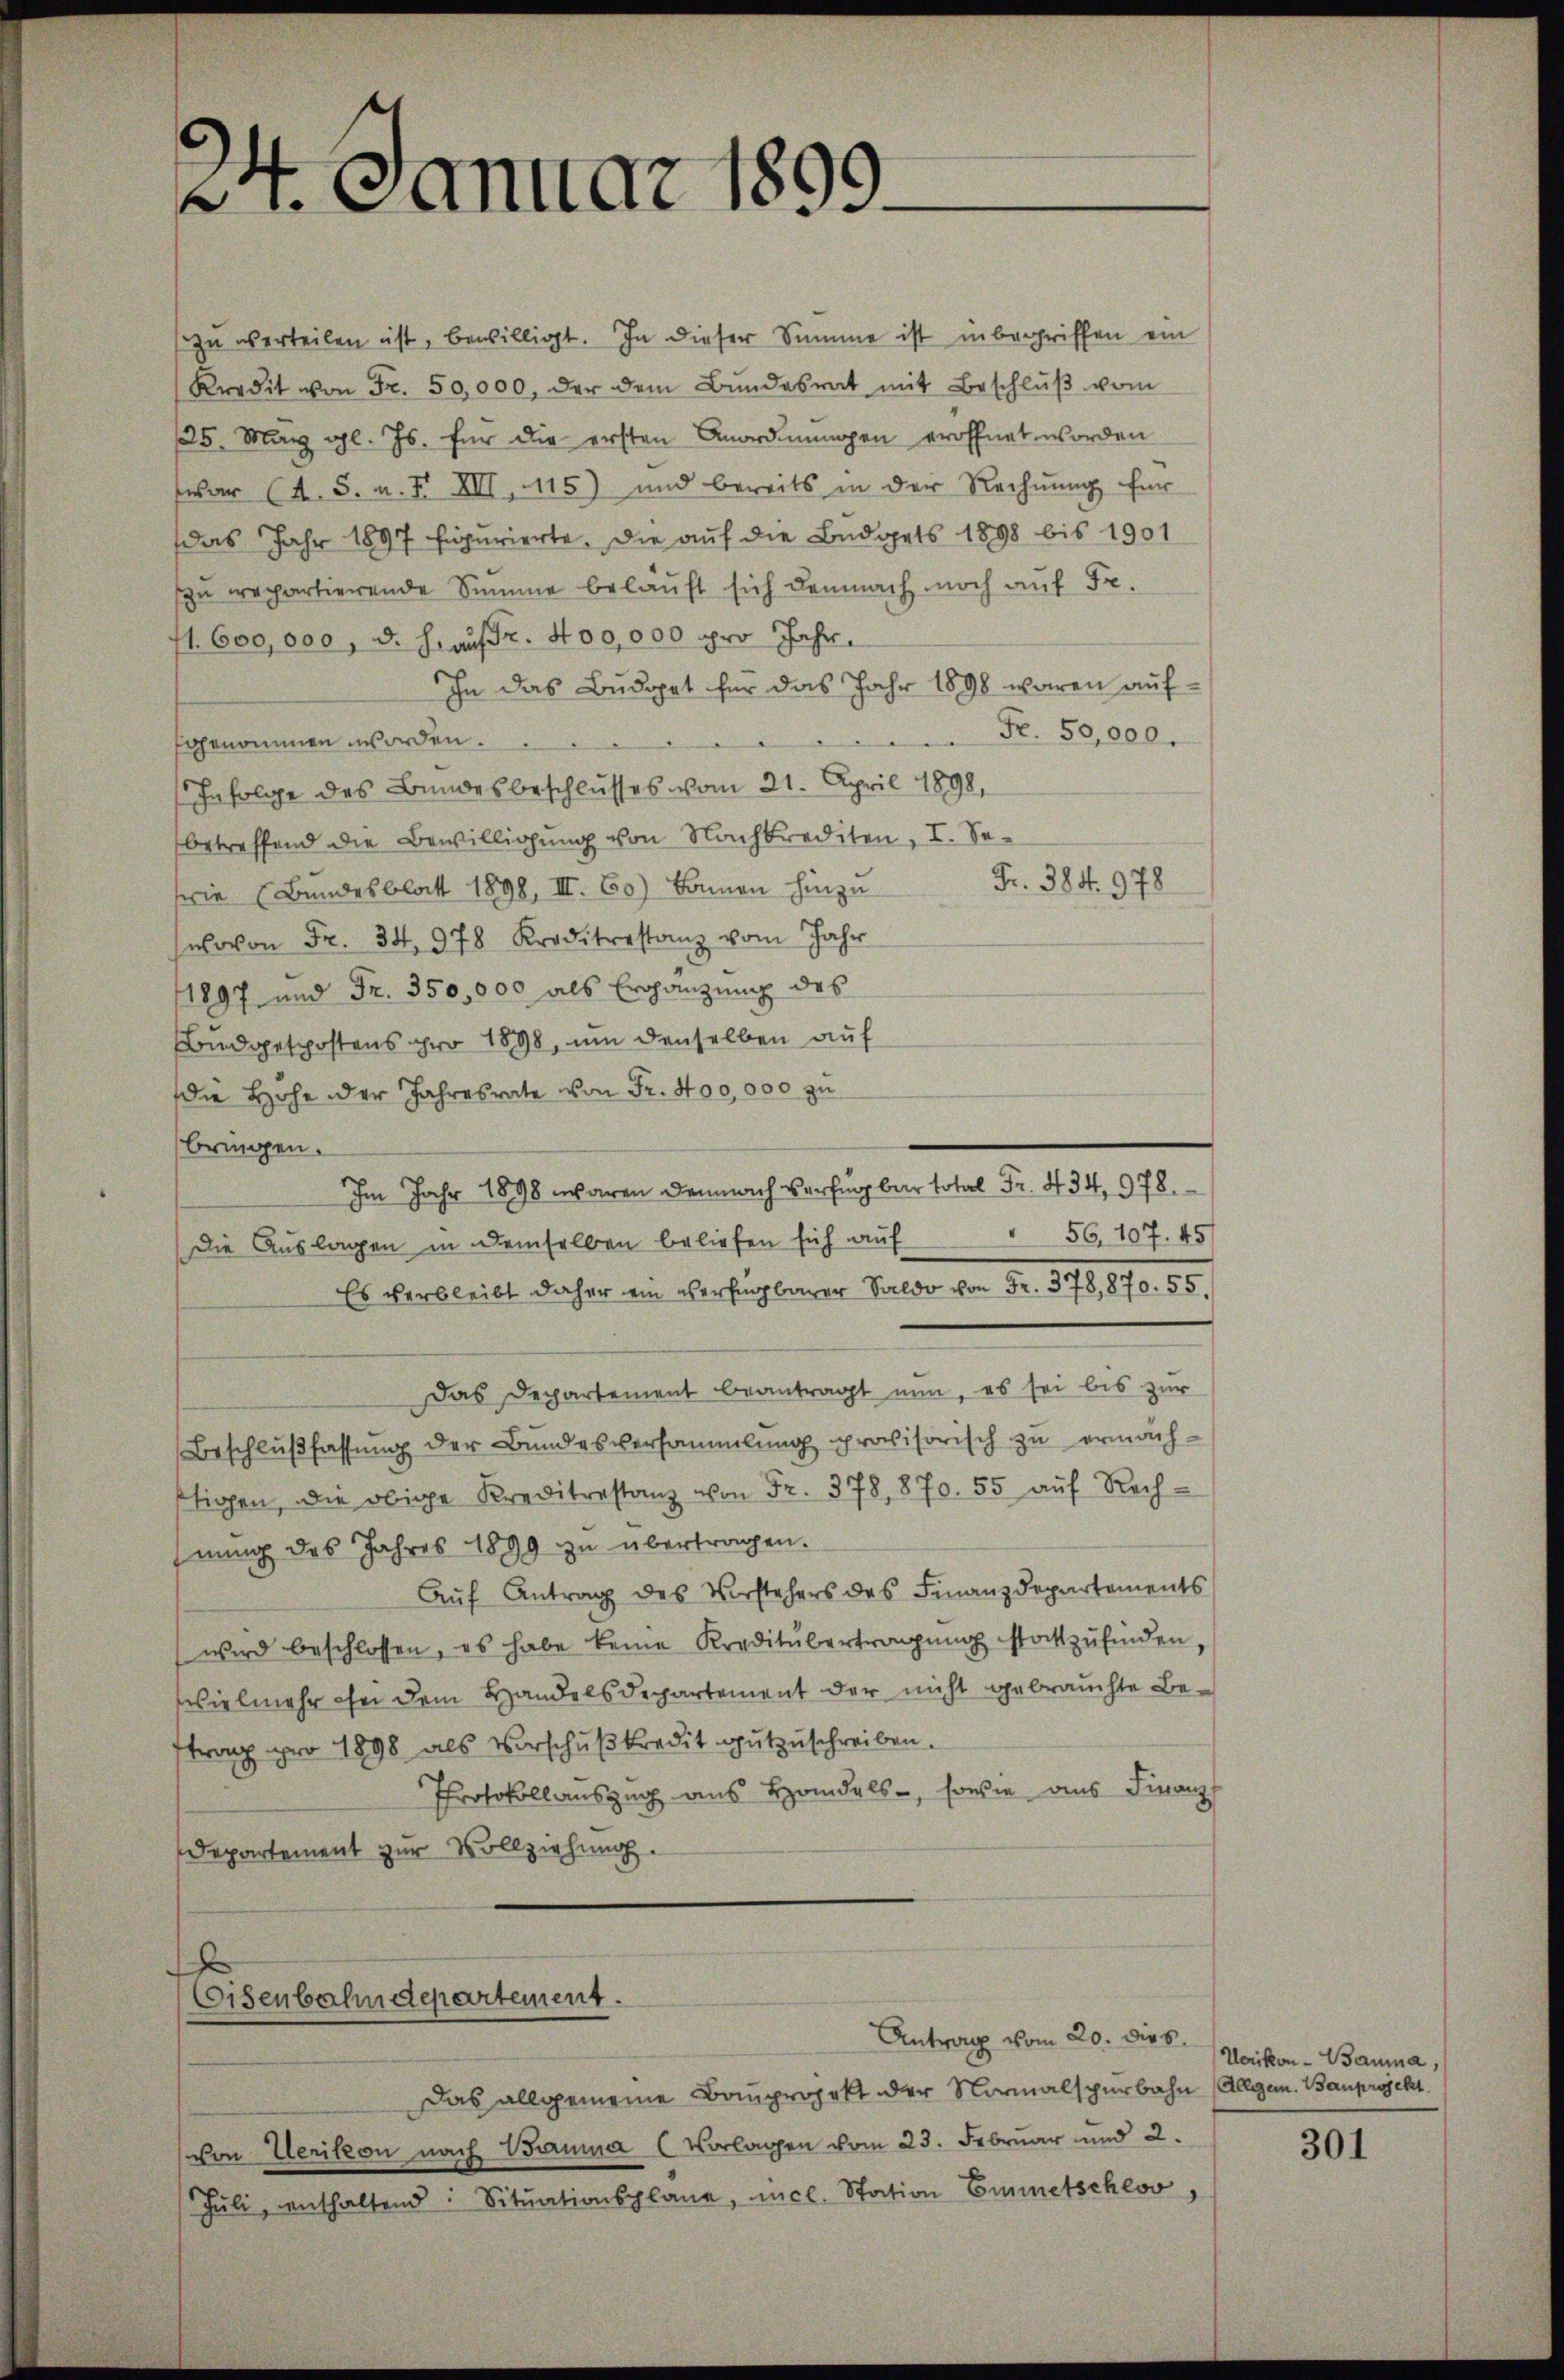
2. Januar 1899

zu verteilen ist, bewilligt. In dieser Summe ist inbegriffen ein
Kredit von Fr. 50,000, der dem Bŭndesrat mit Beschlŭβ vom
125. März l. Js. für die ersten Anordnungen eröffnet worden
war (s. S. u. F. XIII, 115) und bereits in der Rechnŭng für
das Jahr 1897 figurierte. Die auf die Budgets 1898 bis 1901
zu repartierende Summe beläuft sich demnach noch auf Fr.
1. 600,000, d. h. aufr. 400,000 pro Jahr
In das Budget für das Jahr 1898 waren auf¬
Nr. 50,000.
sgenommen worden.
Infolge des Bundesbeschlusses vom 21. April 1898.
betreffend die Bewilligung von Nachkrediten, I. Se¬
Fr. 384. 978
wie (Bundesblatt 1898, III. 60) kamen hinzu
wovon Fr. 34. 978 Kreditrestanz vom Jahr
1897 und Fr. 350,000 als Ergänzung des
Budgetpostens pro 1898, um denselben auf
die Hohe oder Jahresrate von Fr. 400,000 zu
bringen.
Im Jahr 1898 waren demnach Verfügbar total Fr. 434, 978.
56. 107. 45
Die Auslagen in demselben beliefen sich auf
Es verbleibt daher ein versagbarer Saldo von Fr. 378,870. 55.
Das Departement beantragt nun, es sei bis zur
Beschlußfassung der Bundesversammlung provisorisch zu ermachigen, die obige Kreditrestanz von Fr. 378, 870. 55 aŭf Rech-
nung des Jahres 1899 zu übertragen.
Aŭf Antrag des Vorstehers des Finanzdepartements
wird beschlossen, es habe keine Kreditŭbertragŭng stattzŭfinden,
vielmehr sei dem Handelsdepartement der nicht gebrauchte Beftrag pro 1898 als Vorschußkredit gutzuschreiben.
Protokollauszug aus Handels, sowie aus Finanz
Departement zur Vollziehung.

Eisenbahndepartement.

Antrag vom 20. dies
Das allgemeine Bauprojekt der Normalspurbahn (Allgen. Bauprojekt.
von Uerikon nach Bauma (Vorlagen vom 23. Februar und 2.
Jŭli, enthaltend: Sitŭationsplane, mel. Station Emmetschlos,

Uerikon - Bauma,

301